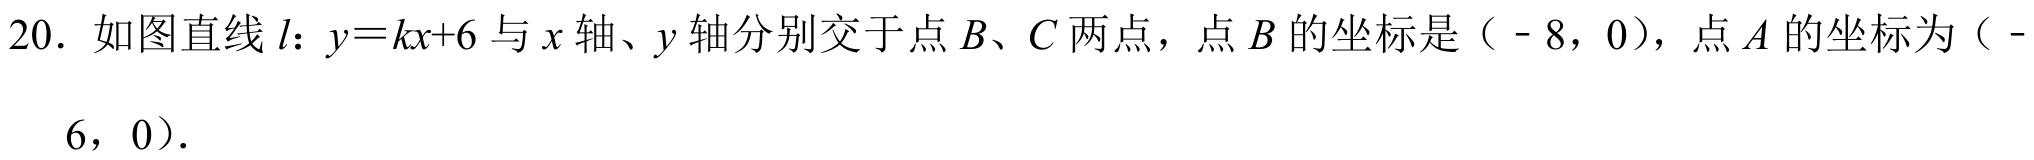
20. 如图直线\(l\)：\(y = kx + 6\)与\(x\)轴、\(y\)轴分别交于点\(B\)、\(C\)两点，点\(B\)的坐标是（- 8，0），点\(A\)的坐标为（- 6，0）.